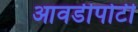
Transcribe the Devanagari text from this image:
आवडीपोटी